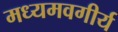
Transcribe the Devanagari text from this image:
मध्यमवगीर्य